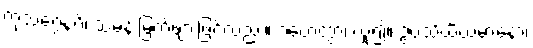
ကုသဂ္ဂေနပိ၊ သမန်းမြက်ဖျားဖြင့်လည်း။ ဂဟေတွာ၊ ယူ၍။ ဥပသိင်္ဃိယမာနော၊